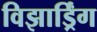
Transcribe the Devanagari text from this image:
विझार्ड्रिंग